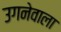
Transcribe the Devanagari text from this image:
उगनेवाला